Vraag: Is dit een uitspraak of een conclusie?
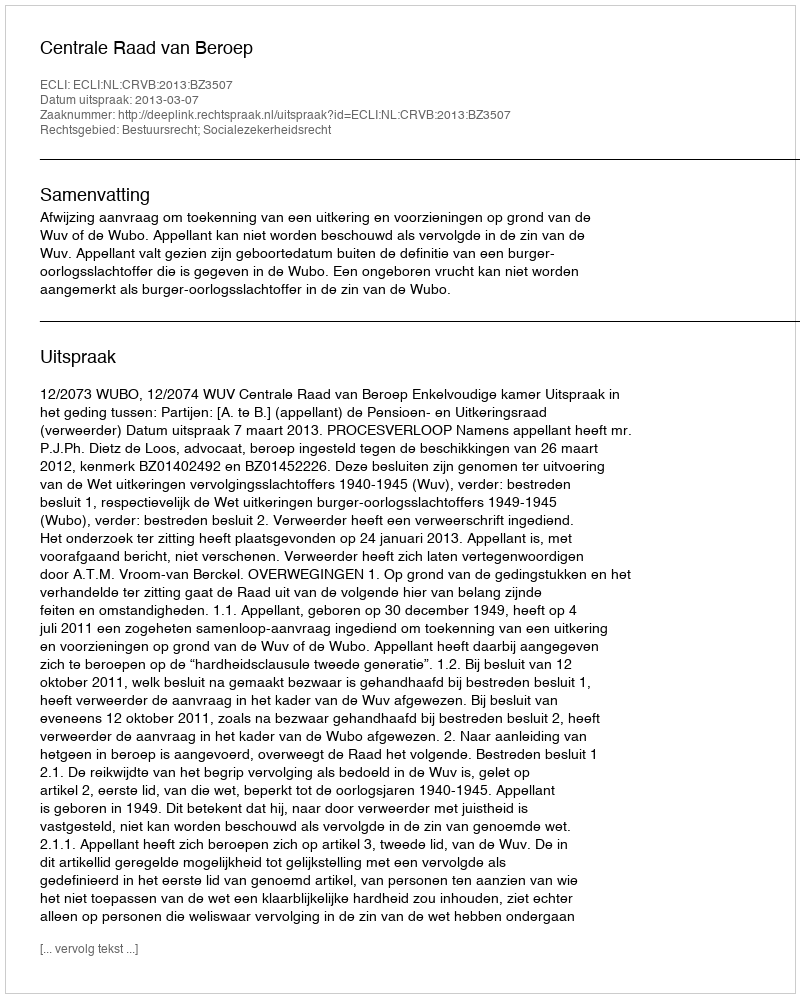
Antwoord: Uitspraak